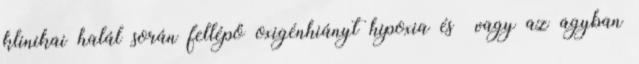
klinikai halál során fellépő oxigénhiányt hipoxia és vagy az agyban